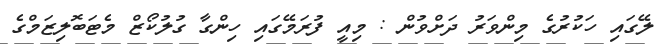
ލޭގައި ހަކުރުގެ މިންވަރު ދަށްވުން : މިއީ ފުރަމޭގައި ހިންގާ ގުލުކޯޒް މެޓަބޮލިޒަމްގެ